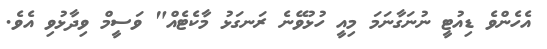
އެހެންވެ ޑިއުޓީ ނުނަގާނަމަ މިއީ ހުޅުވޭނެ ރަނގަޅު މާކެޓެއް" ވަސީމް ވިދާޅުވި އެވެ.